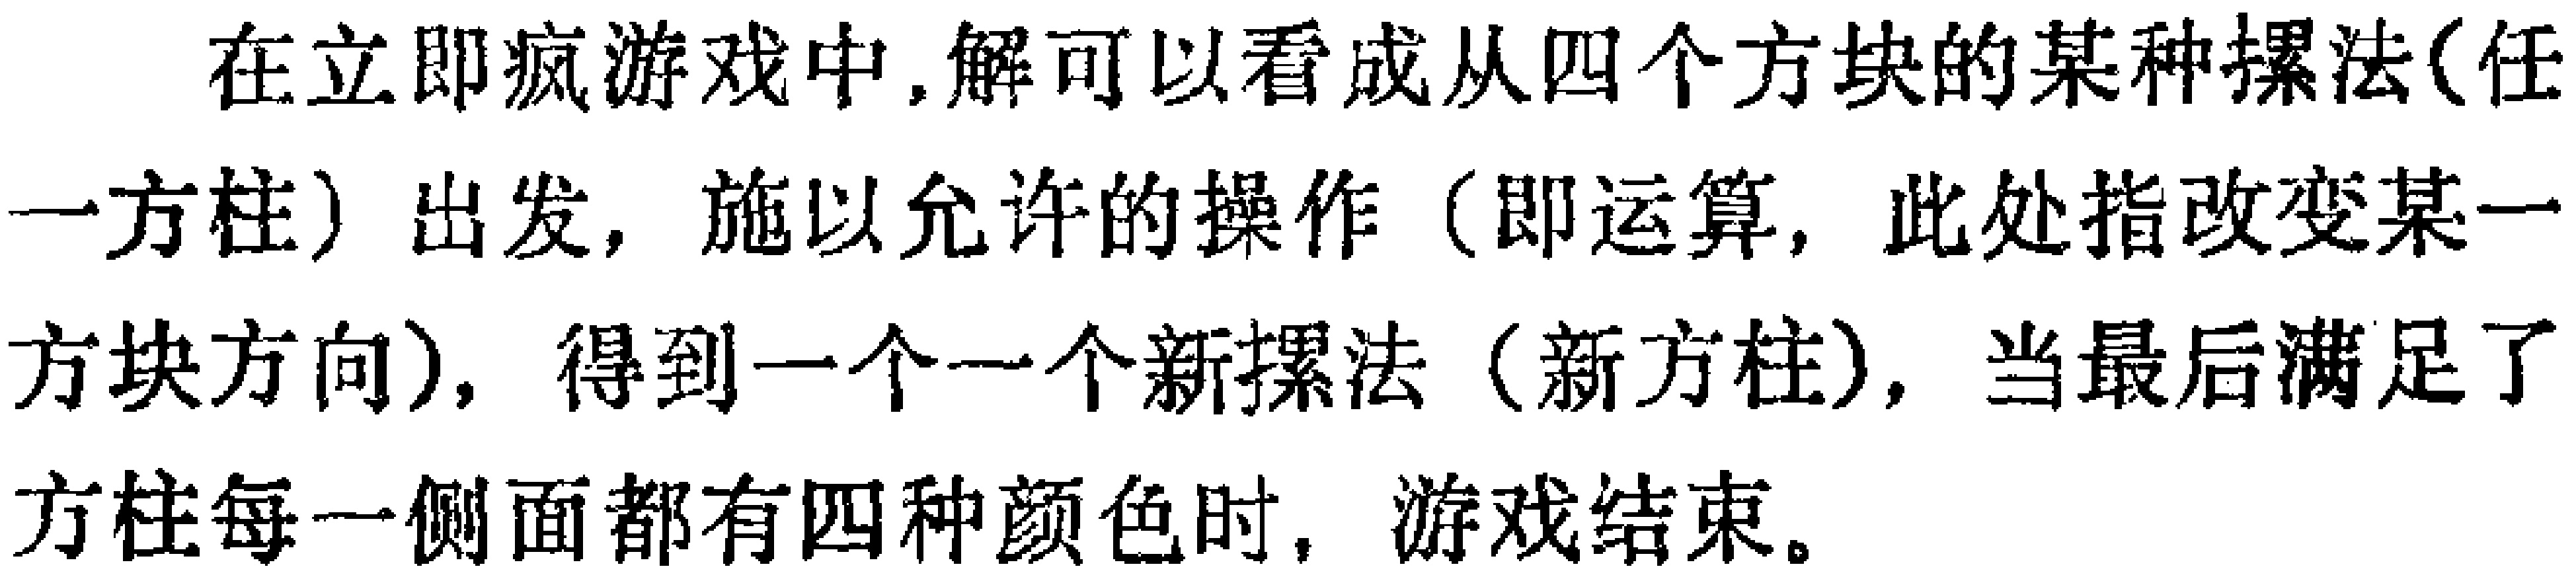
在立即疯游戏中,解可以看成从四个方块的某种摞法(任一方柱) 出发，施以允许的操作（即运算, 此处指改变某一方块方向), 得到一个一个新摞法 (新方柱), 当最后满足了方柱每一侧面都有四种颜色时, 游戏结束。